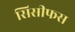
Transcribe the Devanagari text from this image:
सिसीफस